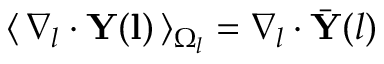
\langle \, \nabla _ { l } \cdot \mathbf { Y ( l ) } \, \rangle _ { \Omega _ { l } } = \nabla _ { l } \cdot \bar { \mathbf { Y } } ( l )